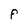
Character: F